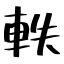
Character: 軼